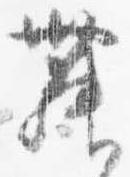
舞